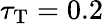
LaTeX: \tau_{\mathrm{T}}=0.2